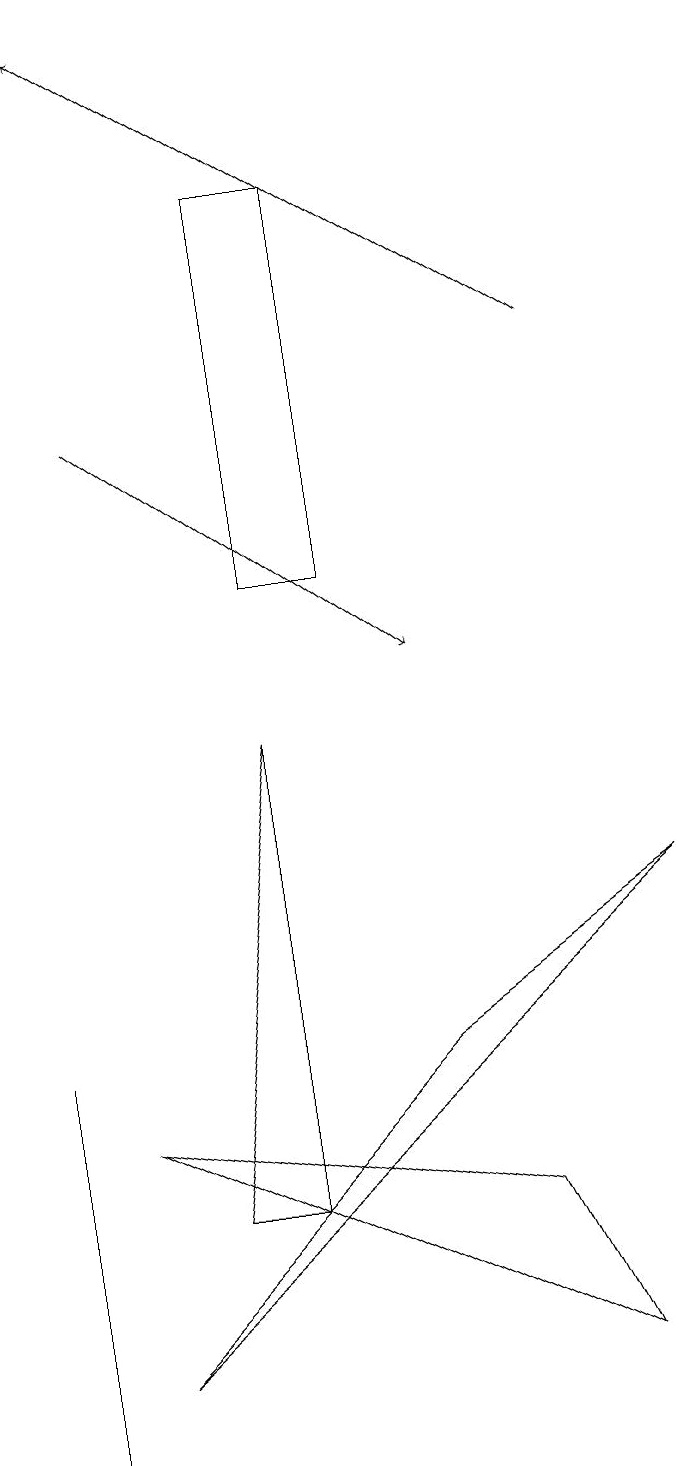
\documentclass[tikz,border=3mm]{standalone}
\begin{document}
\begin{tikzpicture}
\draw (4,16) rectangle (3,11);
\draw (4,11) rectangle (4,15);
\draw (7,1) -- (6,3) -- (1,4) -- cycle;
\draw (8,7) -- (1,1) -- (5,5) -- cycle;
\draw[->] (1,13) -- (5,10);
\draw (3,3) -- (3,9) -- (2,3) -- cycle;
\draw[->] (7,14) -- (1,18);
\draw (0,0) -- (0,2) -- (0,5) -- cycle;
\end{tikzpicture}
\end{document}